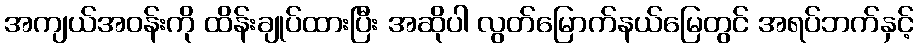
အကျယ်အဝန်းကို ထိန်းချုပ်ထားပြီး အဆိုပါ လွတ်မြောက်နယ်မြေတွင် အရပ်ဘက်နှင့်